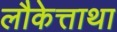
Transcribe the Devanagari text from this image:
लौकेत्ताथा